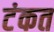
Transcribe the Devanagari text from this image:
टंकत